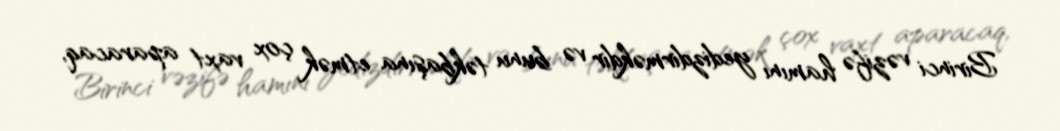
Birinci vəzifə hamını yedizdirməkdir və bunu təkbaşına etmək çox vaxt aparacaq,